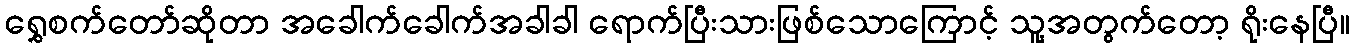
ရွှေစက်တော်ဆိုတာ အခေါက်ခေါက်အခါခါ ရောက်ပြီးသားဖြစ်သောကြောင့် သူ့အတွက်တော့ ရိုးနေပြီ။